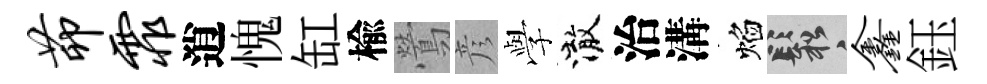
茆霏逍愧缸楡鶯彦𫝯澈治溝焰鬆鑫鈺